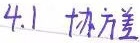
4.1 协方差